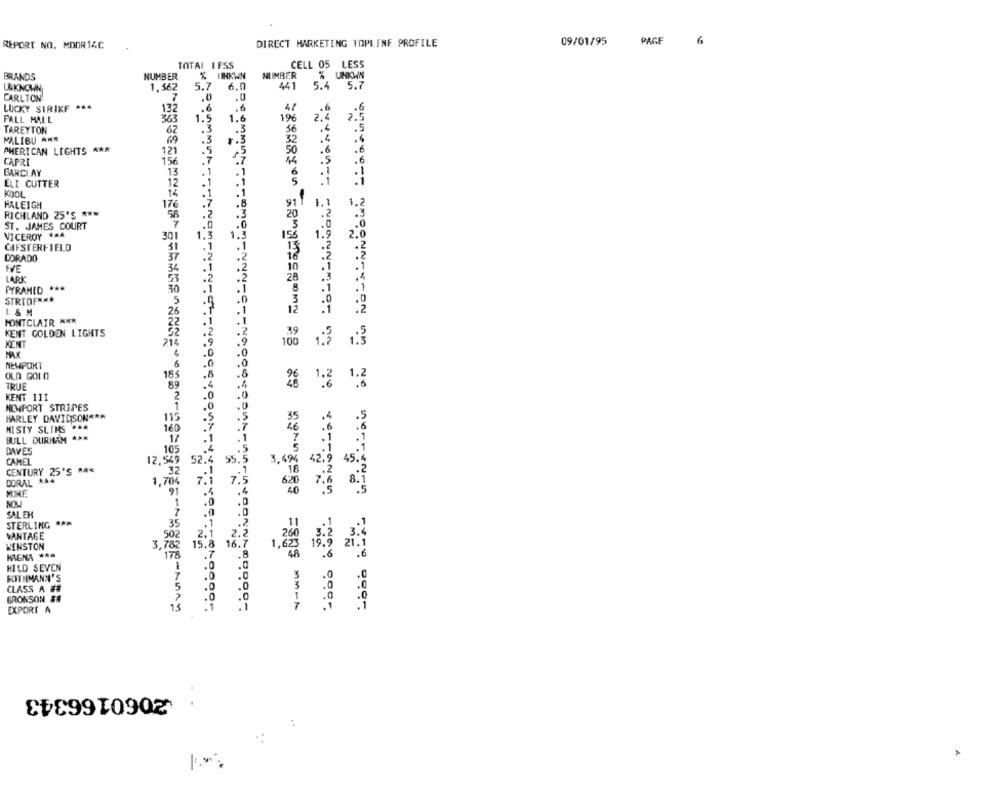
09/01/95
PAGE
6
REPORT NO. MDOR14C
DIRECT MARKETING TOPLINE PROFILE
CELL 05 LESS
TOTAL I ESS
BRANDS
NUMBER
NUMBER
% UNKHN
L&KNOWN
1,562
5.7
6.0
441
5.4
5.7
.0
CARLTON
LUCKY STRIKF ** 4
132
.6
.6
47
.6
.. 6
PALL MALL
363
1.5
1.6
196
2,4
2.5
TAREYTON
62
3
36
.5
MALIBU AN*
69
r.3
32
.4
.4
AMERICAN LIGHTS ***
121
50
.6
.6
CAPRI
156
.6
GARCIAY
13
.1
6
12
1
ELI CUTTER
1
KOOL
14
HALEIGH
91
1.1
1.2
RICHLAND 25'S ***
.3
ST. JAMES COURT
VICEROY ** A
30
1.3
2.0
CHESTERFIELD
CORADO
LARI
PYRAMID ***
STREDFARA
L & M
26
MONTCLAIR ***
OMTANNTe
KENT GOLDEN LIGHTS
1.3
WENT
214
1.3
MR.X
NEWPORT
155
OLD GOLD
1.2
TRUE
89
1.2
.6
KENT 111
MEMPORT STRIPES
HARLEY DAVIDSONARA
115
MISTY SLIMS RAR
.5
BULL DURHAM ***
CAVES
105
CAMEL
12,549
52.4
35.
3. 67
42 9
45.
CENTURY 25'S ***
32
DORAL ***
1,704
7.1
7.
620
.5
40
NOW
SAL EN
STERLING ***
VANTAGE
50
WENSTON
16.7
MAGNA ***
178
HILD SEVEN
FORTHEMANN'S
7
.0
.0
CLASS A ##
BRONSON ##
.0
EXPORT A
14
.1
2060166343
: